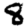
Digit: 8